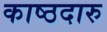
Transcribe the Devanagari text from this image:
काष्ठदारु